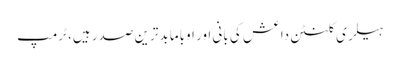
ہیلری کلنٹن داعش کی بانی اور اوباما بدترین صدر ہیں، ٹرمپ